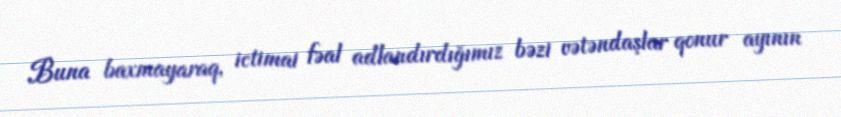
Buna baxmayaraq, ictimai fəal adlandırdığımız bəzi vətəndaşlar qonur ayının